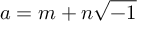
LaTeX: a = m + n { \sqrt { - 1 } }